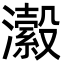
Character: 瀫